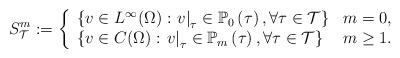
LaTeX: \begin{align*}S_{\mathcal{T}}^{m}:=\left\{\begin{array}[c]{ll}\{v\in L^{\infty}(\Omega):\left. v\right\vert _{\tau}\in\mathbb{P}_{0}\left(\tau\right) ,\forall\tau\in\mathcal{T}\} & m=0,\\\{v\in C(\Omega):\left. v\right\vert _{\tau}\in\mathbb{P}_{m}\left(\tau\right) ,\forall\tau\in\mathcal{T}\} & m\geq1.\end{array}\right.\end{align*}